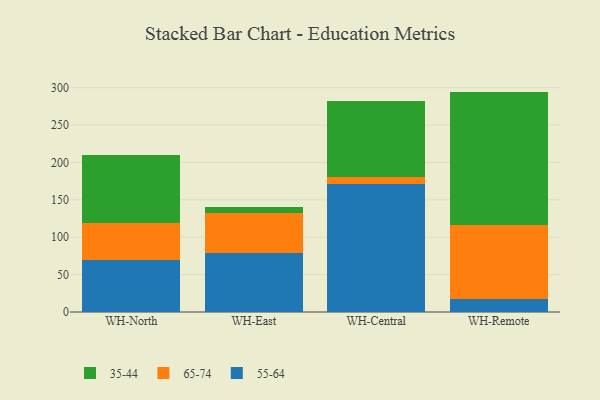
{"axis": {"x": "Warehouse", "y": "Backlog"}, "legend": ["35-44", "55-64", "65-74"], "data": [{"x": "WH-North", "y": 69.9, "type": "55-64"}, {"x": "WH-North", "y": 48.5, "type": "65-74"}, {"x": "WH-North", "y": 92.2, "type": "35-44"}, {"x": "WH-East", "y": 79.1, "type": "55-64"}, {"x": "WH-East", "y": 52.7, "type": "65-74"}, {"x": "WH-East", "y": 8.1, "type": "35-44"}, {"x": "WH-Central", "y": 170.8, "type": "55-64"}, {"x": "WH-Central", "y": 10.2, "type": "65-74"}, {"x": "WH-Central", "y": 101.2, "type": "35-44"}, {"x": "WH-Remote", "y": 17.1, "type": "55-64"}, {"x": "WH-Remote", "y": 99.8, "type": "65-74"}, {"x": "WH-Remote", "y": 177.9, "type": "35-44"}]}